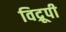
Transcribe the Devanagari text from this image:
विद्रूपी